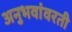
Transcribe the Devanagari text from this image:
अनुभवांवरती